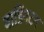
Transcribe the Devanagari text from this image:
वाडिंगटन